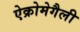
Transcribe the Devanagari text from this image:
ऐक्रोमेगैली